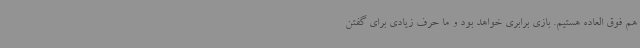
هم فوق العاده هستیم. بازی برابری خواهد بود و ما حرف زیادی برای گفتن